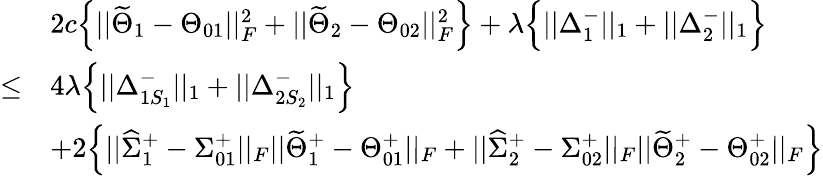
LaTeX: \begin{array}{rl}&{2c\Big\{ ||\widetilde{\Theta}_{1}-\Theta_{01}||_{F}^{2}+||\widetilde{\Theta}_{2}-\Theta_{02}||_{F}^{2}\Big\} +\lambda\Big\{ ||\Delta_{1}^{-}||_{1}+||\Delta_{2}^{-}||_{1}\Big\} }\\ {\leq}&{4\lambda\Big\{ ||\Delta_{1S_{1}}^{-}||_{1}+||\Delta_{2S_{2}}^{-}||_{1}\Big\} }\\ &{+2\Big\{ ||\widehat{\Sigma}_{1}^{+}-\Sigma_{01}^{+}||_{F}||\widetilde{\Theta}_{1}^{+}-\Theta_{01}^{+}||_{F}+||\widehat{\Sigma}_{2}^{+}-\Sigma_{02}^{+}||_{F}||\widetilde{\Theta}_{2}^{+}-\Theta_{02}^{+}||_{F}\Big\} }\end{array}